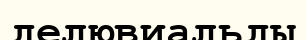
делювиальды